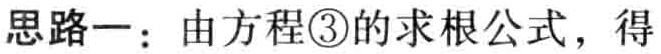
思路一：由方程\textcircled{3}的求根公式，得